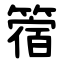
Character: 䈹